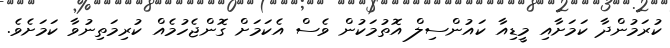
ކުރަމުންދާ ކަމަށާއި މީޑިއާ ކައުންސިލް އޮތުމަކުން ވެސް އެކަމަށް ގޮންޖެހުމެއް ކުރިމަތިނުވާ ކަމަށެވެ.